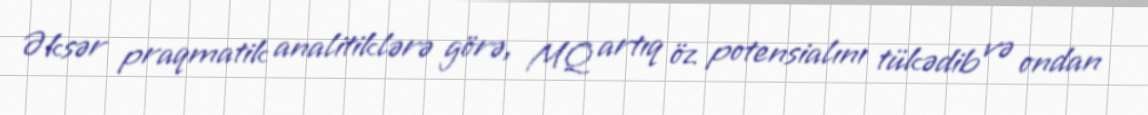
Əksər praqmatik analitiklərə görə, MQ artıq öz potensialını tükədib və ondan